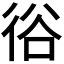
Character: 𢓾